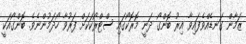
ޒަމާން ގަނޑެއްވެފައިވާ އިރު ބޮންގޯ ދަނީ މޮރޮކޯގައި ސްޓްރޯކަކަށް ފަރުވާ ހޯދަމުންނެވެ. ބޮންގޯއަކީ